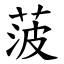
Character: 菠